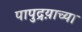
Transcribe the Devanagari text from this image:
पापुद्रय़ाच्या